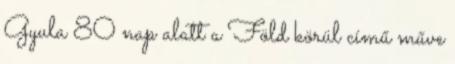
Gyula 80 nap alatt a Föld körül című műve